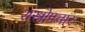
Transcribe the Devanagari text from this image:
शस्त्रोपचार